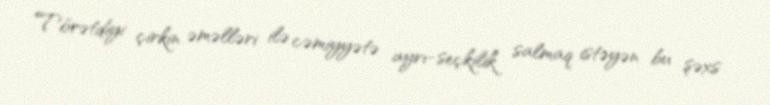
Törətdiyi çirkin əməlləri ilə cəmiyyətə ayrı-seçkilik salmaq istəyən bu şəxs